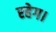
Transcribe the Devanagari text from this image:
रहेग।